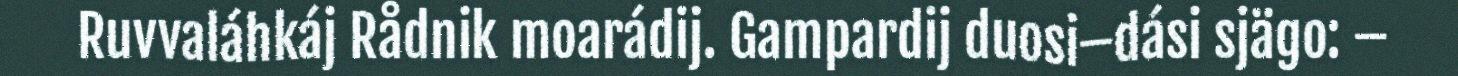
Ruvvaláhkáj Rådnik moarádij. Gampardij duosi–dási sjägo: –